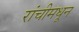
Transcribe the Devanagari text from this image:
रांचीमधून